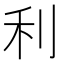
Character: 利